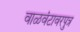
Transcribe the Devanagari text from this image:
वाळवंटावरपुत्र